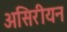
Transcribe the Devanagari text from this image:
असिरीयन